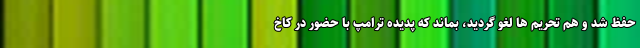
حفظ شد و هم تحریم ها لغو گردید، بماند که پدیده ترامپ با حضور در کاخ